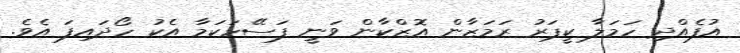
އުފެއްދި ހަމަލާ ކީޕަރު ރަމަޒާން އޮޒްކާން ވަނީ ފަސޭހަކަމާ އެކު ހޯދައިފަ އެވެ.